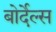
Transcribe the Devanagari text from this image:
बोर्देल्स